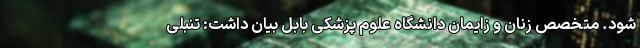
شود. متخصص زنان و زایمان دانشگاه علوم پزشکی بابل بیان داشت: تنبلی